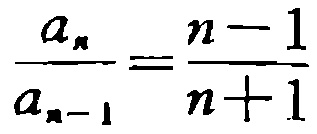
$\frac{a_{n}}{a_{n - 1}}=\frac{n - 1}{n + 1}$